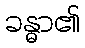
ခန္ဓာ၏